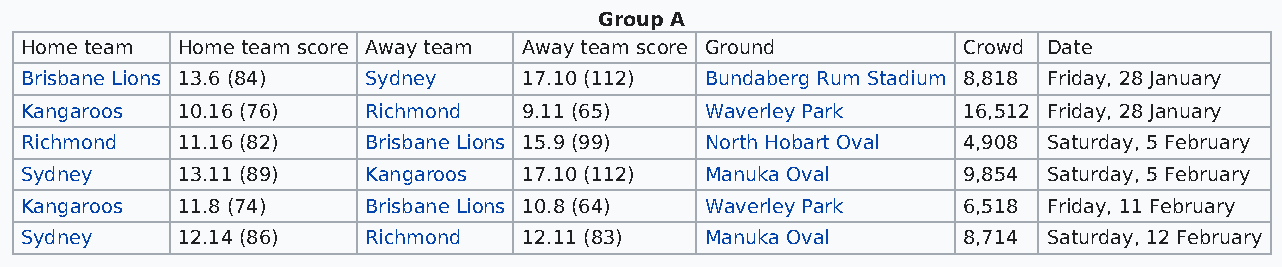
Group A
 Home team  Home team score Away team Away team score Ground    Crowd Date
 Brisbane Lions 13.6 (84) Sydney   17.10 (112) Bundaberg Rum Stadium 8,818 Friday, 28 January
 Kangaroos  10.16 (76)  Richmond   9.11 (65)   Waverley Park    16,512 Friday, 28 January
 Richmond   11.16 (82)  Brisbane Lions 15.9 (99) North Hobart Oval 4,908 Saturday, 5 February
 Sydney     13.11 (89)  Kangaroos  17.10 (112) Manuka Oval      9,854 Saturday, 5 February
 Kangaroos  11.8 (74)   Brisbane Lions 10.8 (64) Waverley Park  6,518 Friday, 11 February
 Sydney     12.14 (86)  Richmond   12.11 (83)  Manuka Oval      8,714 Saturday, 12 February